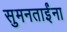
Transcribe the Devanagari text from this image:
सुमनताईंना